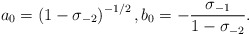
\begin{align*}a_0 = \left(1-\sigma_{-2}\right)^{-1/2} , b_0 = -\frac{\sigma_{-1}}{1-\sigma_{-2}} .\end{align*}